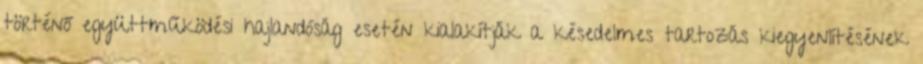
történő együttműködési hajlandóság esetén kialakítják a késedelmes tartozás kiegyenlítésének